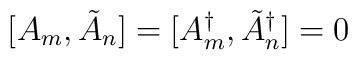
[A_{m},\tilde{A}_{n}] = [A^{\dagger}_{m},\tilde{A}^{\dagger}_{n}] = 0